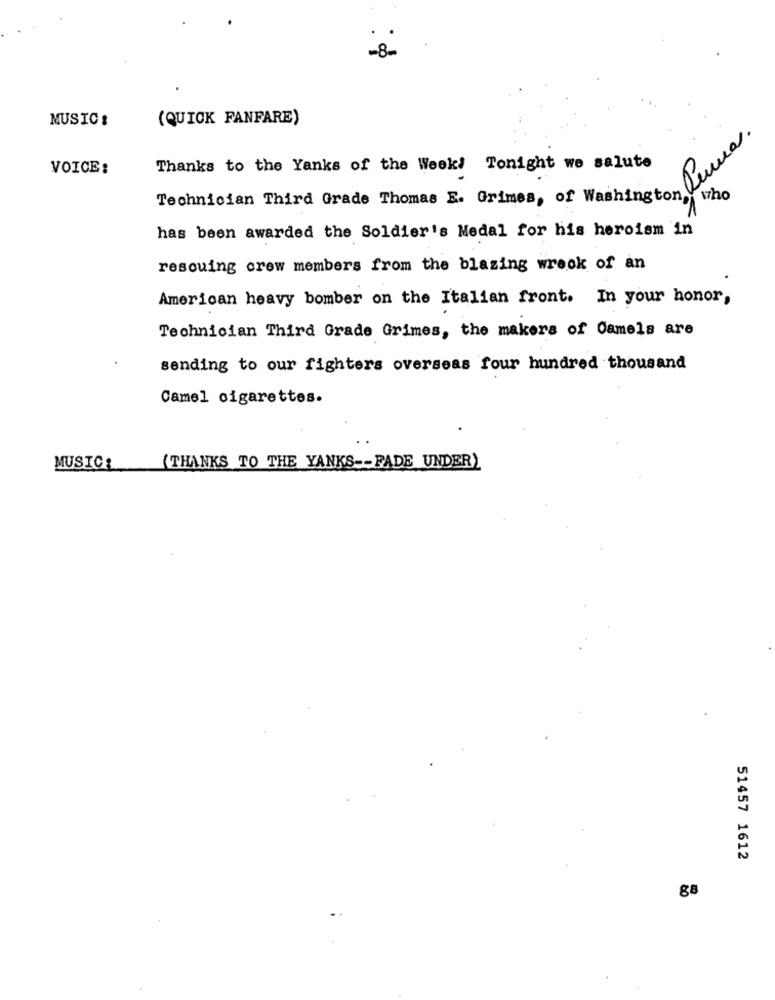
-8-
MUSIC:
(QUICK FANFARE)
VOICE:
Thanks to the Yanks of the Week Tonight we salute
meghnician Third Grade Thomas E. Grimes, of Wache. But
who
has been awarded the Soldier's Medal for his heroism in
rescuing crew members from the blazing wreck of an
American heavy bomber on the Italian front. In your honor,
Technician Third Grade Grimes, the makers of Camels are
sending to our fighters overseas four hundred thousand
Camel cigarettes.
MUSIC:
(THANKS TO THE YANKS -- FADE UNDER)
51457 1612
g8